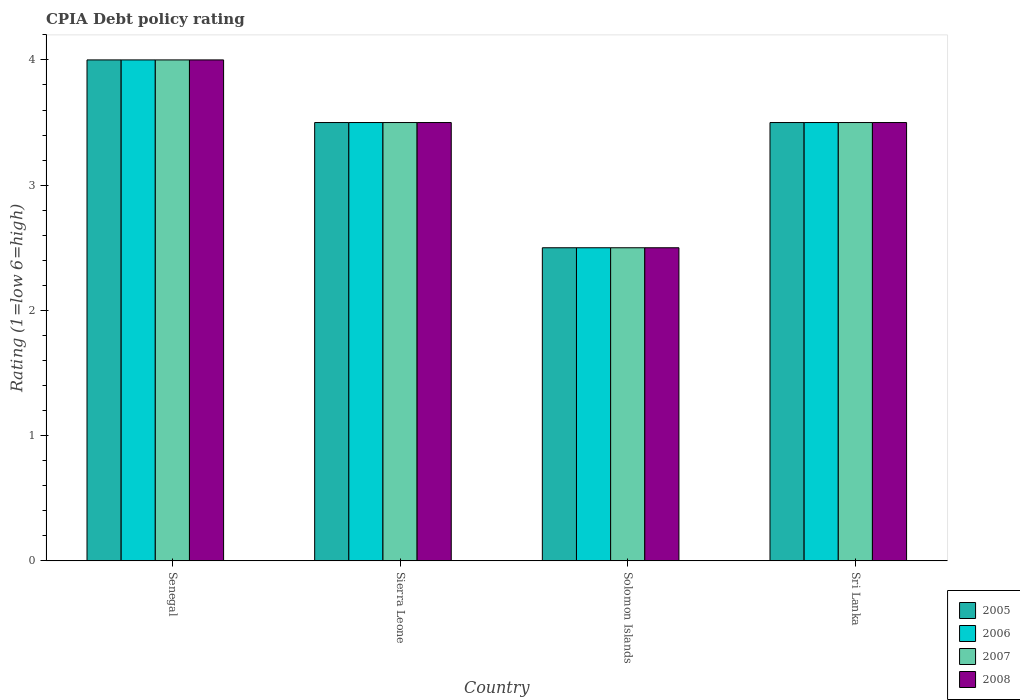
| Country | 2005 | 2006 | 2007 | 2008 |
 | --- | --- | --- | --- | --- |
 | Senegal | 4 | 4 | 4 | 4 |
 | Sierra Leone | 3.5 | 3.5 | 3.5 | 3.5 |
 | Solomon Islands | 2.5 | 2.5 | 2.5 | 2.5 |
 | Sri Lanka | 3.5 | 3.5 | 3.5 | 3.5 |